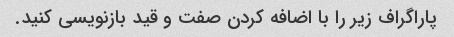
پاراگراف زیر را با اضافه کردن صفت و قید بازنویسی کنید.